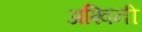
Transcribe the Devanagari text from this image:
अश्‍विनी